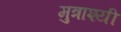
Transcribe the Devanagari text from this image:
मुत्राश्यी